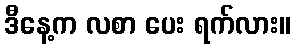
ဒီနေ့က လစာ ပေး ရက်လား။